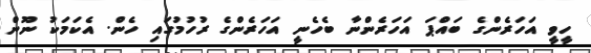
ހީވީ އަހަރެންގެ ބައްޕަ އަހަރެންނާ ބެހެނީ އަހަރެންގެ ރުހުމުގައި ހެން. އެކަމަކު ނޫން